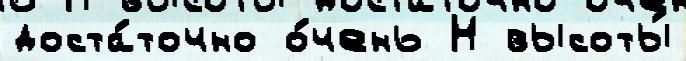
доста́точно о́чень Н высоты́